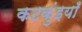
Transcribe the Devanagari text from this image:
कटकुंइयाँ